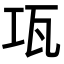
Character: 瓨